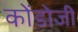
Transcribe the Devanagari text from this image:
कोंडोजी